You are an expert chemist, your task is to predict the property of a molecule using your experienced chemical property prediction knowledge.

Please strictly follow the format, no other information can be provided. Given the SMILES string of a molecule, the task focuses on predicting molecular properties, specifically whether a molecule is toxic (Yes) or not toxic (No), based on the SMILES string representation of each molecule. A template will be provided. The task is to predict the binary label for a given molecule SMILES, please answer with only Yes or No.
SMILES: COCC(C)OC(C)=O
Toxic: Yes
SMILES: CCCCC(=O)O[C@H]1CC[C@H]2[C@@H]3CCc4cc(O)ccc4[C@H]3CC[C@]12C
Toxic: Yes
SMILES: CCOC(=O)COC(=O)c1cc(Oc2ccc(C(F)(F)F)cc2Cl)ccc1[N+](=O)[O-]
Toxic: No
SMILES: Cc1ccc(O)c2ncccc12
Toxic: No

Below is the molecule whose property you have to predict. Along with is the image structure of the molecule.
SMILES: OCCN(CCO)c1ccccc1
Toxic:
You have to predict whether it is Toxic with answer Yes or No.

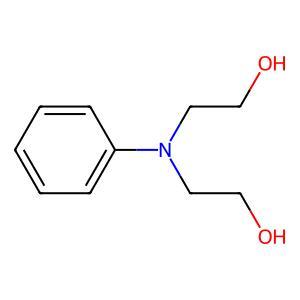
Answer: No